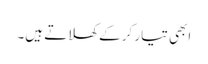
ابھی تیار کر کے کھلاتے ہیں۔